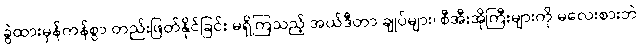
ခွဲထားမှန်ကန်စွာ တည်းဖြတ်နိုင်ခြင်း မရှိကြသည့် အယ်ဒီတာ ချုပ်များ၊ စီအီးအိုကြီးများကို မလေးစားဘဲ